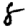
Digit: 8